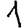
Digit: 1